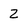
Character: 2